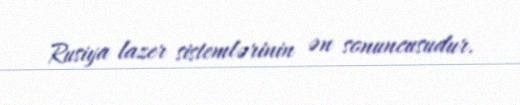
Rusiya lazer sistemlərinin ən sonuncusudur.